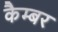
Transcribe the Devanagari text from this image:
कैम्बर